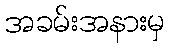
အခမ်းအနားမှ